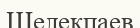
Шелекпаев